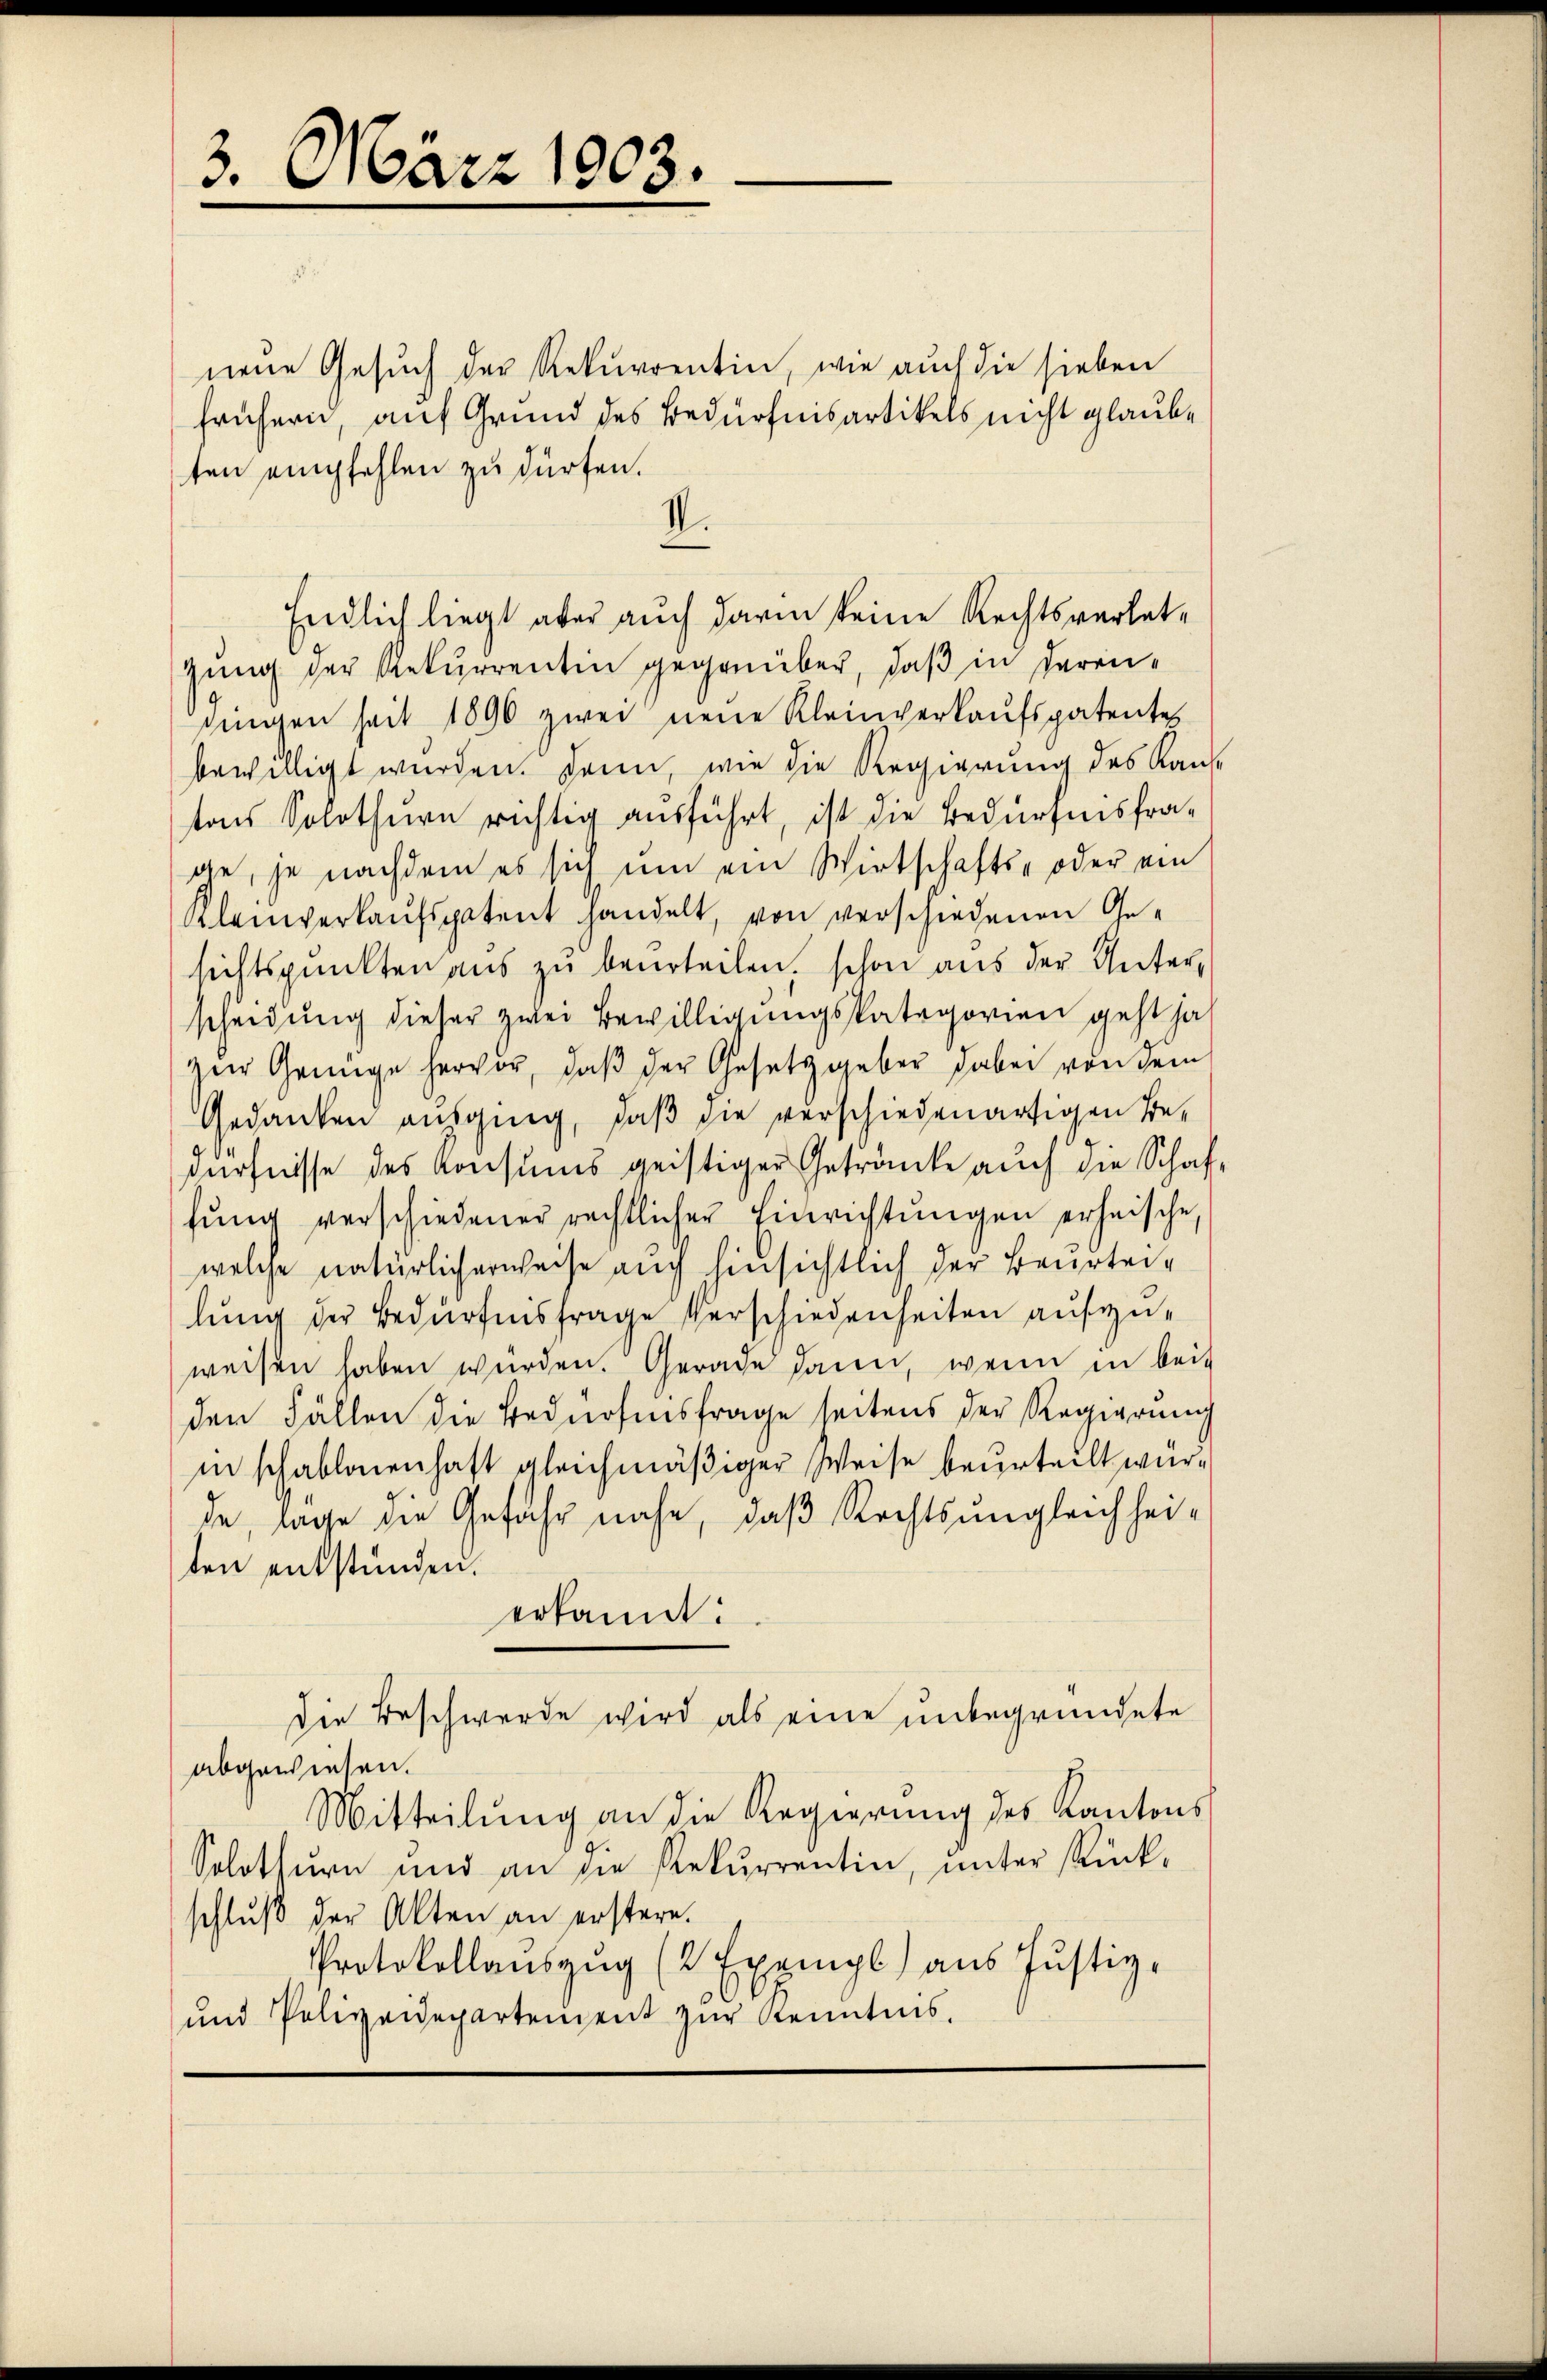
3. März 1903.

neue Gesuch der Rekurrentin, wie auch die sieben
frühern, auf Grund des Bedürfnisartikels nicht glaube
ten empfehlen zu dürfen.
II.
zung der Rekurrentin gegenüber, daß in derenningen seit 1890 zwei neue Kleinverkaŭfspatentes
bewilligt wurden. Dann, wie die Regierung des Kantons Solothurn richtig ausführt, ist die Bedürfnisfrage, je nachdem es sich um ein Wirtschafts- oder ein
Kleinverkaufspatent handelt, von verschiedenen Gesichtspunkten aus zu beurteilen, schon aus der Unterscheidung dieser zwei Bewilligungskategorien geht ha
zŭr Genüge hervor, daβ der Gesetzgeber dabei von dem
Gedanken ausging, daß die verschiedenartigen Be-
dürfnisse des Konsums geistiger Getränke auch die Schafhŭng verschiedener rechtlicher Einrichtŭngen erheische,
welche natürlicherweise auch hinsichtlich der Beurteilung der Bedürfnisfrage Verschiedenheiten aufzuweisen haben werden. Gerade dann, wenn in beiden Fällen die Bedürfensfrage seitens der Regierung
in schablonenhaft gleichmäßiger Weise beurteilt würde, lage die Gefahr nahe, daß Rechts ungleichheiten entstünden.
erkannt:
die Beschwerde wird als eine unbegründete
abgewiesen.
Mitteilung an die Regierung des Kantons
Solothurn und an die Rekurrentin, unter Rück-
schluß der Akten an erstern.
Protokollaŭszŭg (2 Exempl) aus Justiz-
und Polizeideparteient zur Kenntnis.

Endlich liegt aber auch darin keine Rechtsverlet¬